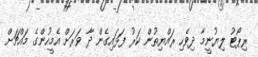
ރިޕޯޓު ލިޔުނީމާ ދިވެހި ރައްޔިތުން ކަރު ފަޅައިގެން ދާ ވަރަށް އެމީހުންގެ މައްޗަށް